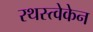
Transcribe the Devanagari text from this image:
रथस्त्वेकेन